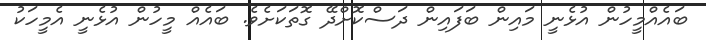
ބައެއްމީހުން އުޅެނީ މައިން ބަފައިން ދަސްކޮށްދޭ ގޮތަކަށެވެ. ބައެއް މީހުން އުޅެނީ އެމީހަކު